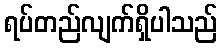
ရပ်တည်လျက်ရှိပါသည်